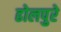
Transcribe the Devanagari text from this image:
ढोलपुरे